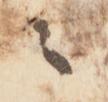
々